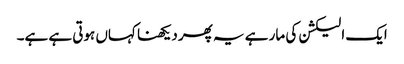
ایک الیکشن کی مار ہے یہ پھر دیکھنا کہاں ہوتی ہے ہے۔